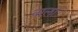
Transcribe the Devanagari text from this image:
वालांे